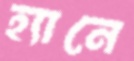
হ্যানে